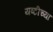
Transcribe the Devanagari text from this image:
यष्टीच्या